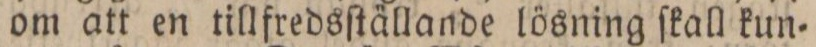
om att en tillfredsſtällande lösning ſkall kun=